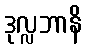
ဒုလ္လဘာနိ